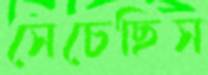
সেচেছিস